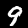
Label: 9